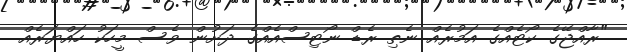
"ރާއްޖޭގެ ކޯޓެއްގެ އަމުރެއް ނެތި ރެޑް ނޯޓިސްއެއްގެ ދަށުން ވެސް މީހަކު ހައްޔަރެއް